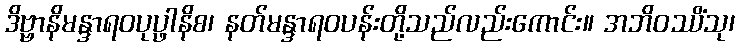
ဒိဗ္ဗာနိမန္ဒာရဝပုပ္ဖာနိစ၊ နတ်မန္ဒာရဝပန်းတို့သည်လည်းကောင်း။ အဘိဝဿိံသု၊